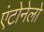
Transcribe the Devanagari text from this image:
एंटोनेलो